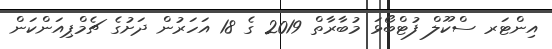
އިންޓަރ ސްކޫލް ފުޓްބޯޅަ މުބާރާތް 2019 ގެ 18 އަހަރުން ދަށުގެ ޗެމްޕިއަންކަން